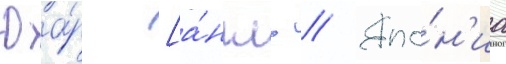
Юа́р [а́нгл. // Япо́н'иа